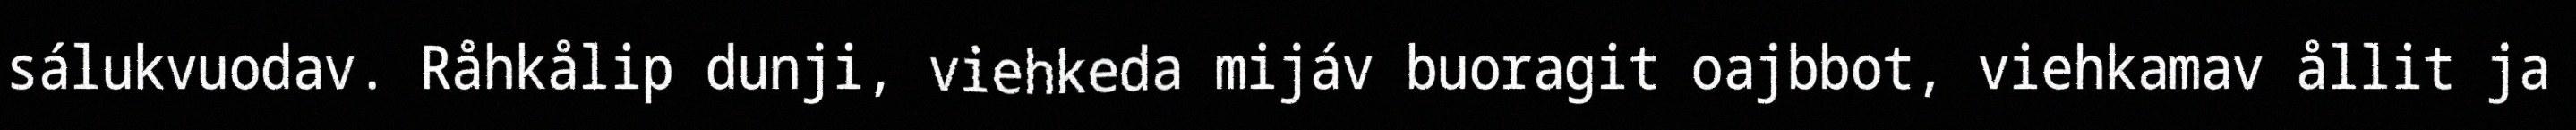
sálukvuodav. Råhkålip dunji, viehkeda mijáv buoragit oajbbot, viehkamav ållit ja